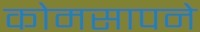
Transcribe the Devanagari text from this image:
कोमसापने